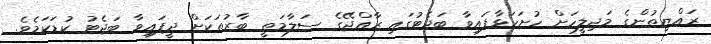
ރައްޔިތުންގެ މަޖިލީހަށް ހުށަހަޅާފައިވާ ބަޖެޓުގައި ރާއްޖޭގެ ސަލާމަތީ ބާރުތަކަށް ދީފައިވާ ބަޖެޓު ކުޑަކަމެވެ.